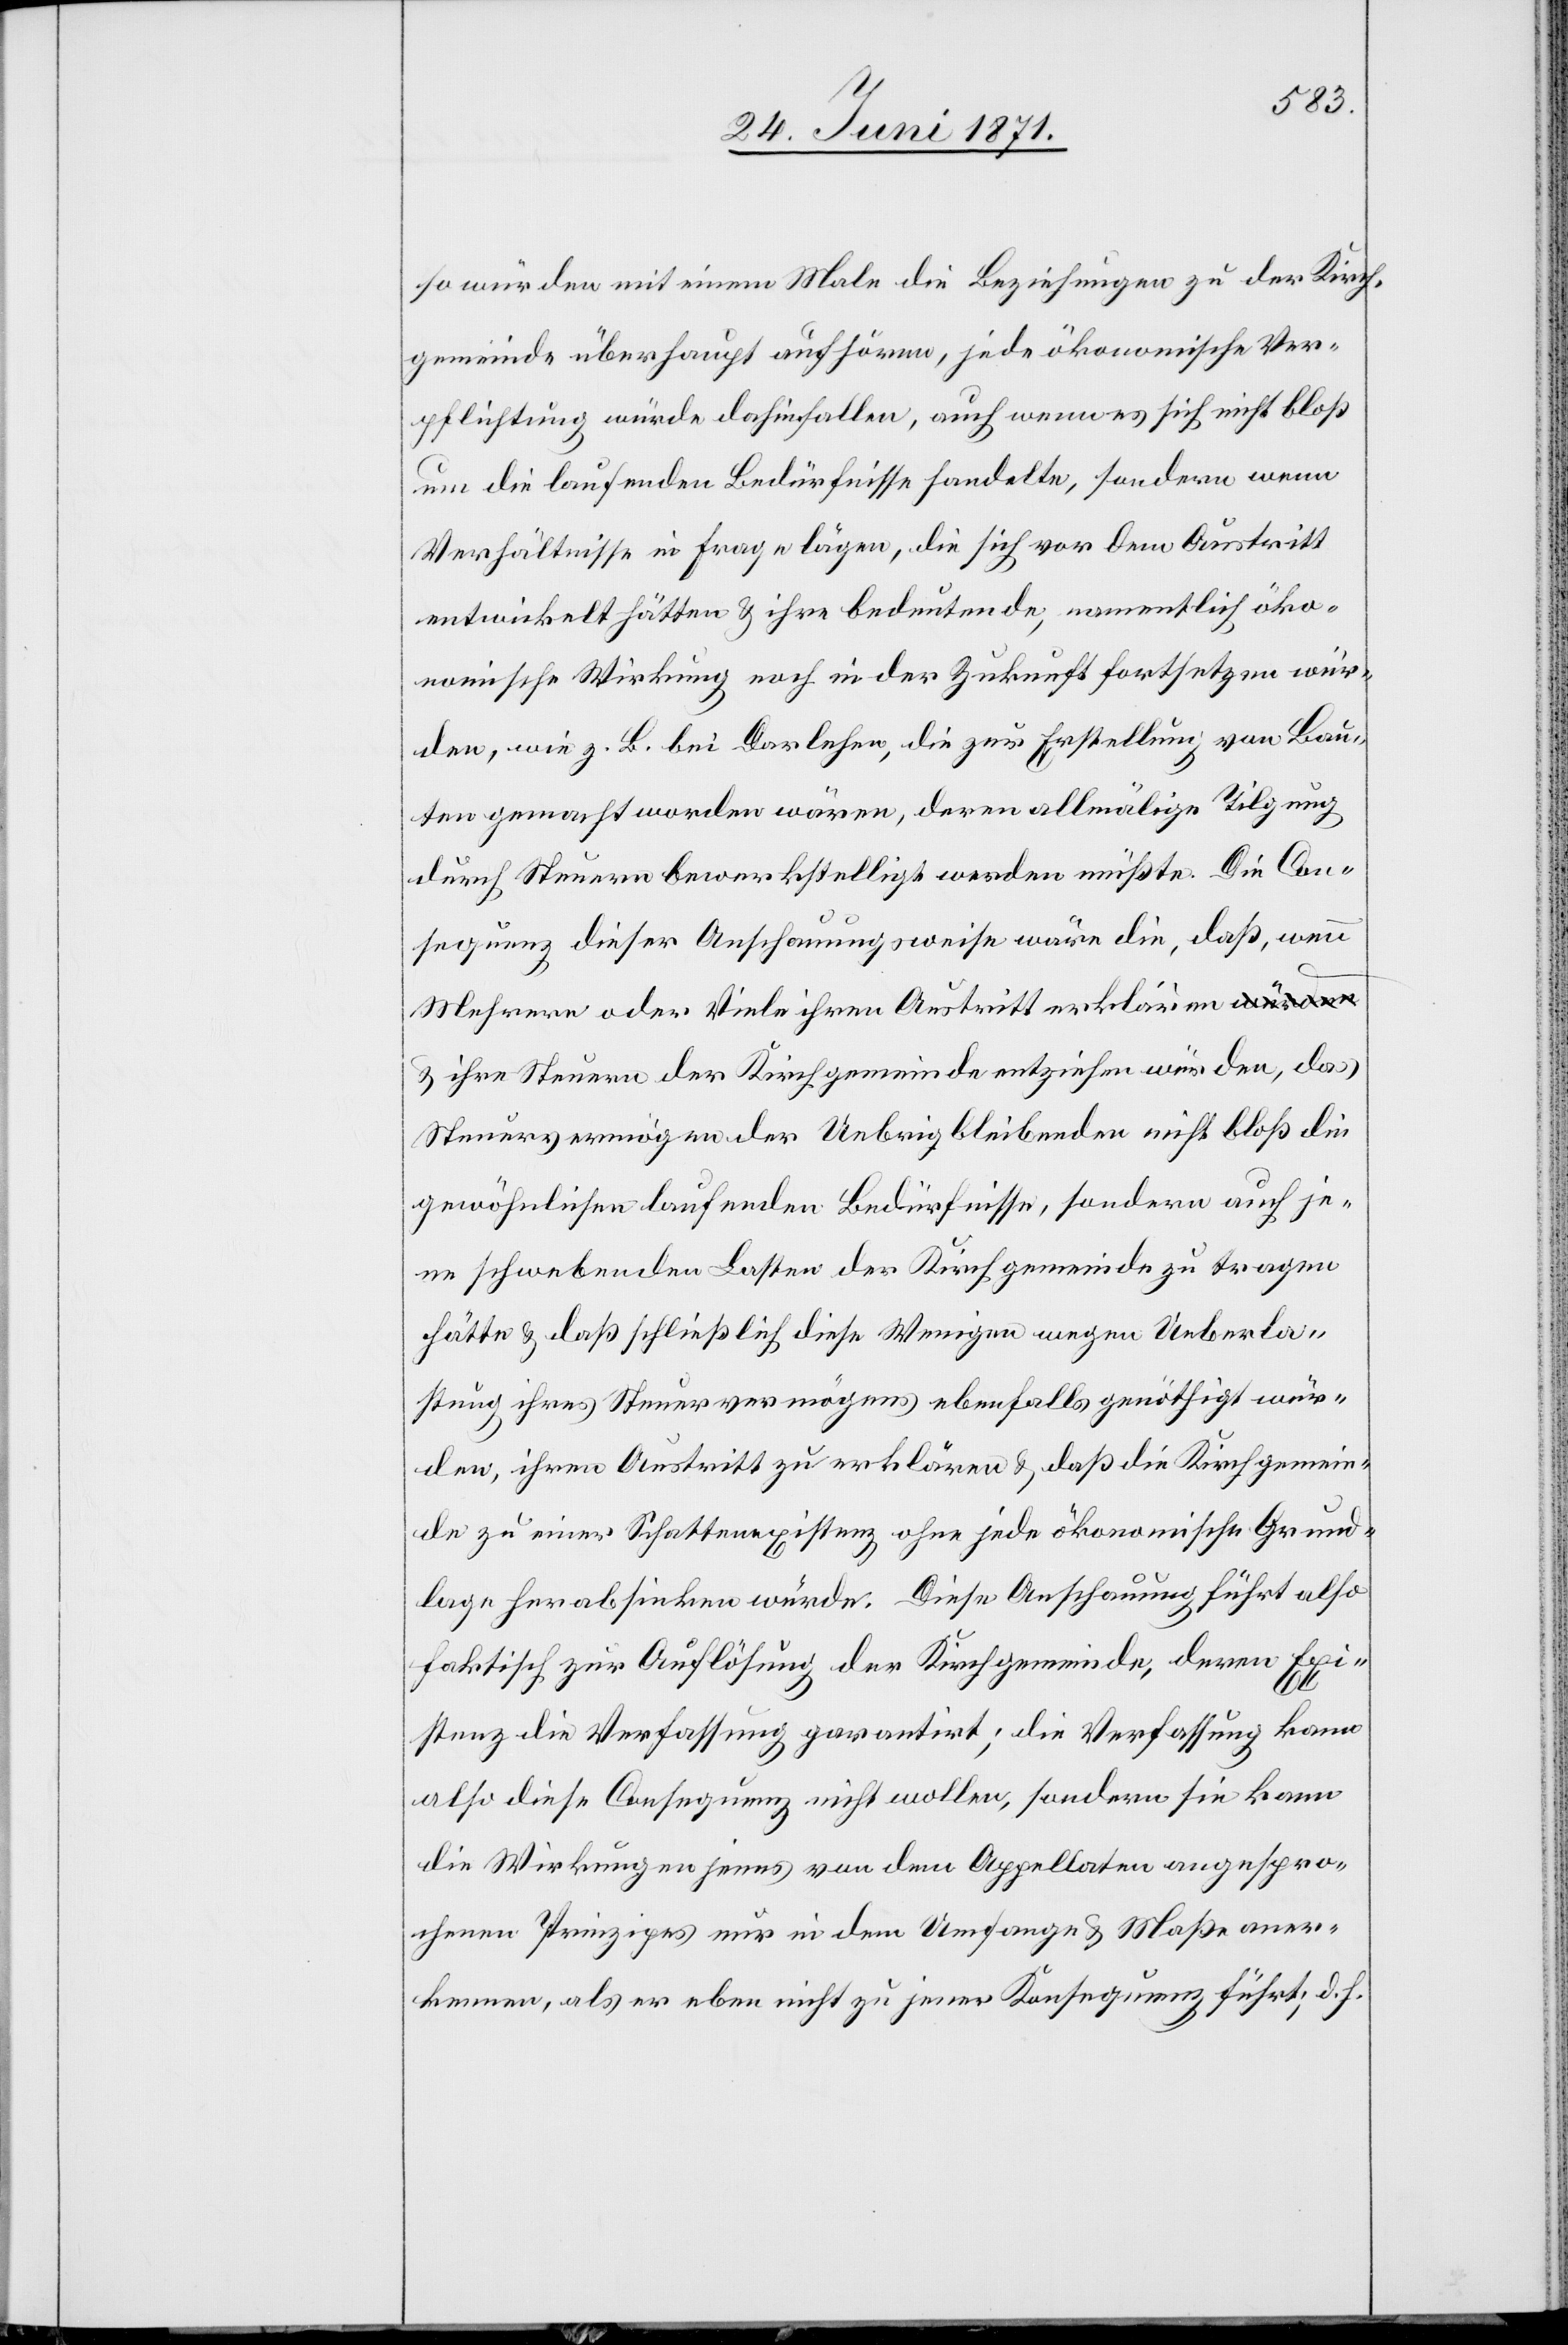
so würden mit einem Male die Beziehungen zu der Kirch¬
gemeinde überhaupt aufhören, jede ökonomische Ver¬
pflichtung würde dahinfallen, auch wenn es sich nicht bloß
um die laufenden Bedürfnisse handelt, sondern wenn
Verhältnisse in Frage lägen, die sich vor dem Austritt
entwickelt hätten u. ihre bedeutende, namentlich öko¬
nomische Wirkung noch in der Zukunft fortsetzen wür¬
den, wie z. B. bei Darlehen, die zur Erstellung von Bau¬
ten gemacht worden wären, deren allmälige Tilgung
durch Steuern bewerkstelligt werden müßte. Die Con¬
sequenz dieser Anschauungsweise wäre die, daß, wenn
Mehrere oder Viele ihren Austritt erklären
u. ihre Steuern der Kirchgemeinde entziehen würden, das
Steuervermögen der Uebrig bleibenden nicht bloß die
gewöhnlichen laufenden Bedürfnisse, sondern auch je¬
ne schwebenden Lasten der Kirchgemeinde zu tragen
hätten u. daß schließlich diese Wenigen wegen Ueberla¬
stung ihres Steuervermögens ebenfalls genöthigt wür¬
den, ihren Austritt zu erklären u. daß die Kirchgemein¬
de zu einer Schattenexistenz ohne jede ökonomische Grund¬
lage herabsinken würde. Diese Anschauung führt also
faktisch zur Auflösung der Kirchgemeinde, deren Exi¬
stenz die Verfassung garantirt; die Verfassung kann
also diese Consequenz nicht wollen, sondern sie kann
die Wirkungen jenes von dem Appellaten angespro¬
chenen Prinzipes nur in dem Umfange u. Maße aner¬
kennen, als er eben nicht zu jener Konsequenz führt; d.